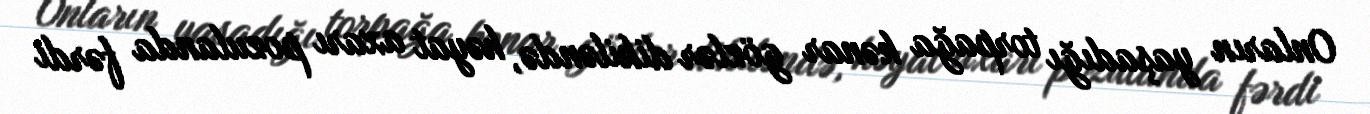
Onların yaşadığı torpağa kənar gözlər dikiləndə, həyat axarı pozulanda fərdi